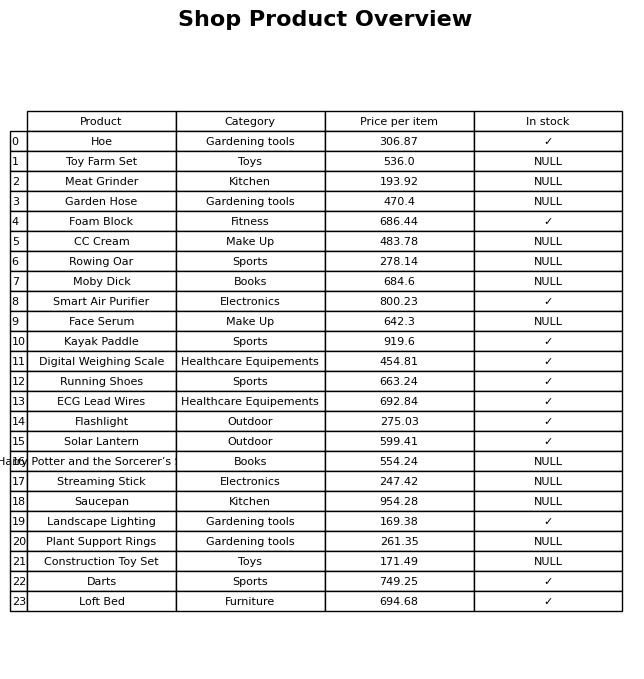
question: What is the price of the Moby Dick?
answer: The price of Moby Dick is 684.6.